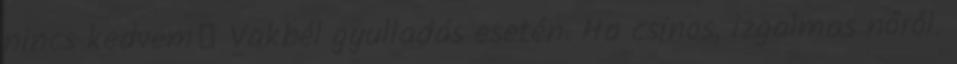
nincs kedvem😃 Vakbél gyulladás esetén. Ha csinos, izgalmas nőről.